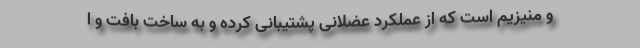
و منیزیم است که از عملکرد عضلانی پشتیبانی کرده و به ساخت بافت و ا